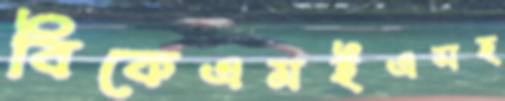
বিকেএমইএসহ